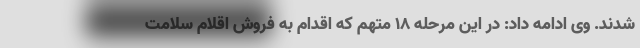
شدند. وی ادامه داد: در این مرحله ١٨ متهم که اقدام به فروش اقلام سلامت